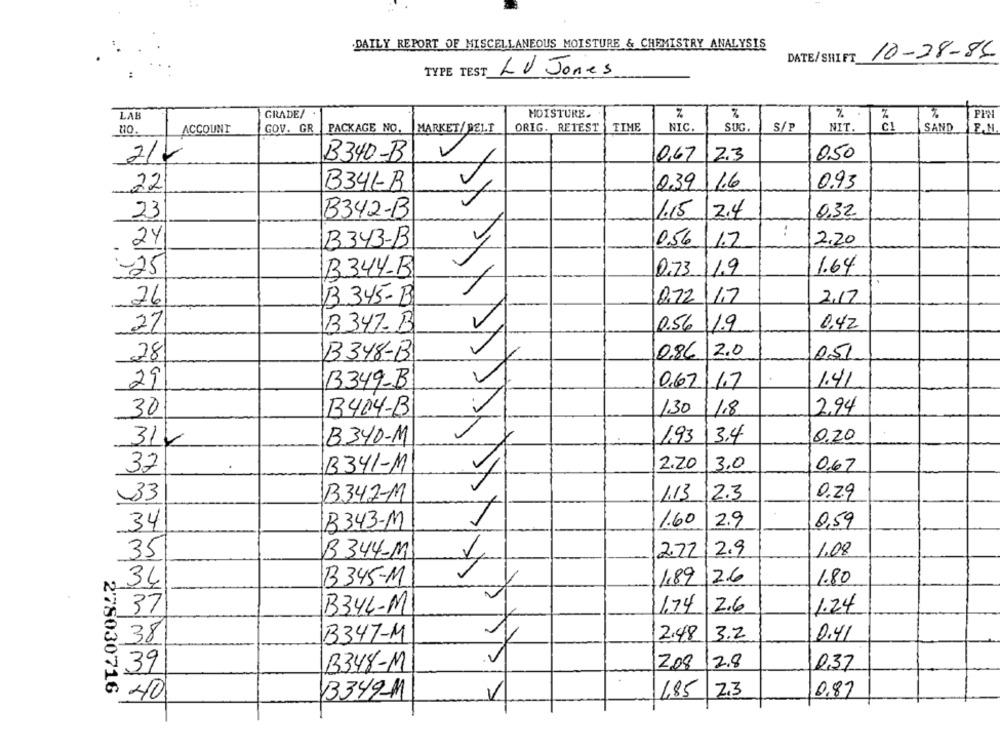
.DAILY REPORT OF MISCELLANEOUS MOISTURE & CHEMISTRY ANALYSIS
DATE/SHIFT 10-28-86
TYPE TEST
LV Jones
MOISTURE.
LAB
GRADE/
PPA
ORIG. RETEST
TIME
NIC.
SUG.
S/P
NIT.
C1
ACCOUNT
GOV. GR
PACKAGE NO.
MARKET/ DEL.I
SAND
B340-B
0,67
2.3
050
22
B34-B
0.39
1.6
0,93
23
B342-B
1.15
2.4
0,32
:
.24
B343-B
0.56
1.7
2.20
1.64
-25
B344-B
0.73
26
B 345-B
0,22/17
2,17
27
B347- B
0.56
11.9
0,42
2.0
28
B348-B
0,86
251
1.41
29
B349-B
0,67
1.7
30
B404-B
130
1.8
2.94
3.4
31V
B340-M
1,93
0,20
2.20
3,0
37
B341-M
0,67
2.3
0.29
33
B347-M
1.13
B343-M
1.60
2.9
0,59
34
35
B 344-M
2.72
2.9
1.08
2.6
34
B345-M
1,89
1.80
1.74
2.6
1.24
37
B344-M
:38
B347-M
2.48
3.2
0.41
B348-M
2.08
2.8
0,37
39
278030716
1
2.3
3349-11
1,85
0.87
40